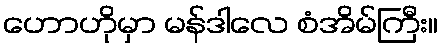
ဟောဟိုမှာ မန်ဒါလေ စံအိမ်ကြီး။